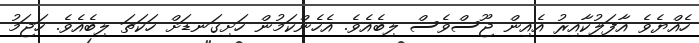
ހެއްޔެވެ އާފަލުކާއިރު އެއިން ޖޫސްވެސް ލިބެއެވެ. އެހެންކަމުން ހަށިގަނޑަށް ހަކަތަ ލިބެއެވެ. ހަޖަމު